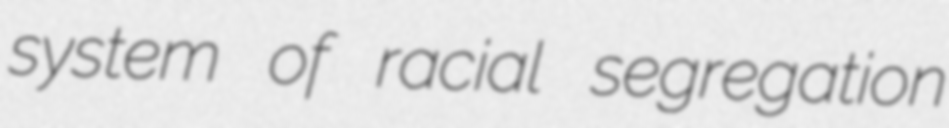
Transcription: system of racial segregation